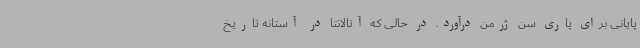
پایانی برای پاری سن ژرمن درآورد. در حالی که آتالانتا در آستانه تاریخ